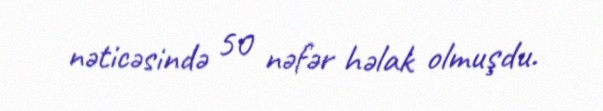
nəticəsində 50 nəfər həlak olmuşdu.